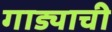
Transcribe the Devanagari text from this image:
गाड्याची